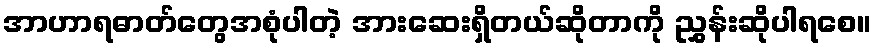
အာဟာရဓာတ်တွေအစုံပါတဲ့ အားဆေးရှိတယ်ဆိုတာကို ညွှန်းဆိုပါရစေ။